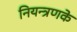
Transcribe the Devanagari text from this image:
नियन्त्रणके